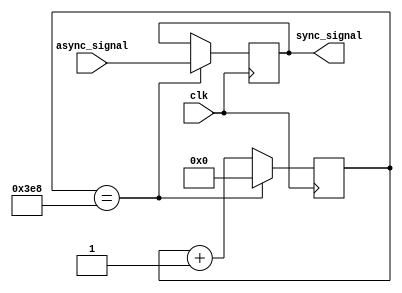
module RC_delay (
  input wire clk,
  input wire async_signal,
  output reg sync_signal
);

reg [15:0] count;

always @ (posedge clk) begin
  if (count == 16'd1000) begin
    sync_signal <= async_signal;
    count <= 16'd0;
  end else begin
    count <= count + 1;
  end
end

endmodule